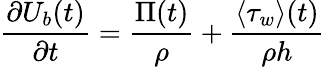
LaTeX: \frac{\partial U_{b}(t)}{\partial t}=\frac{\Pi(t)}{\rho}+\frac{\langle\tau_{w}\rangle(t)}{\rho h}